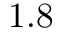
1 . 8